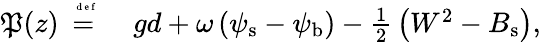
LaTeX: \begin{array}{rl}{\mathfrak{P}(z)\stackrel{\mathrm{~\tiny~{~d~e~f~}~}}{=}}&{{}\, gd+\omega\, ({\psi}_{\mathrm{s}}-{\psi}_{\mathrm{b}})-{\textstyle{\frac{1}{2}}}\left(W^{2}-{B}_{\mathrm{s}}\right),}\end{array}